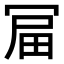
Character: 𭁻